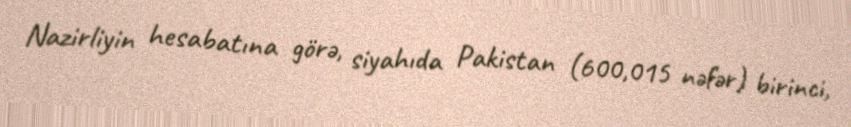
Nazirliyin hesabatına görə, siyahıda Pakistan (600,015 nəfər) birinci,